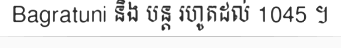
Bagratuni និង បន្ត រហូតដល់ 1045 ។